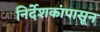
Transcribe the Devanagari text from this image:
निर्देशकांपासून